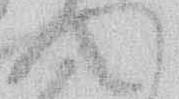
へ